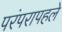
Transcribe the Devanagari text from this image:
परंपरापहले